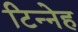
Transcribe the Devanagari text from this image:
टिन्नेह